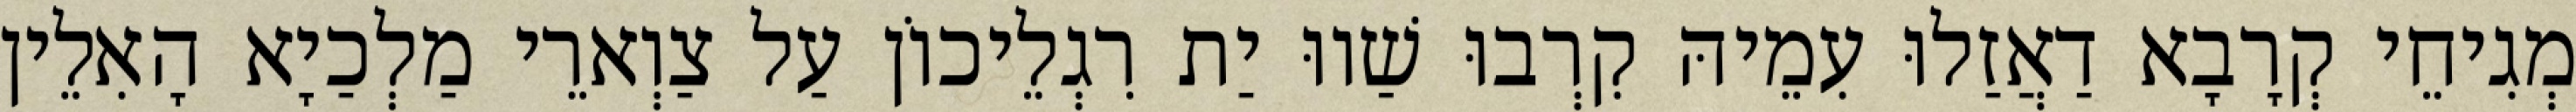
מְגִיחֵי קְרָבָא דַאֲזַלוּ עִמֵיהּ קִרְבוּ שַׁווּ יַת רִגְלֵיכוֹן עַל צַוְארֵי מַלְכַיָא הָאִלֵין